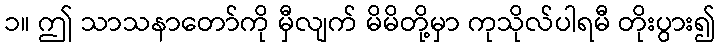
၁။ ဤ သာသနာတော်ကို မှီလျက် မိမိတို့မှာ ကုသိုလ်ပါရမီ တိုးပွား၍